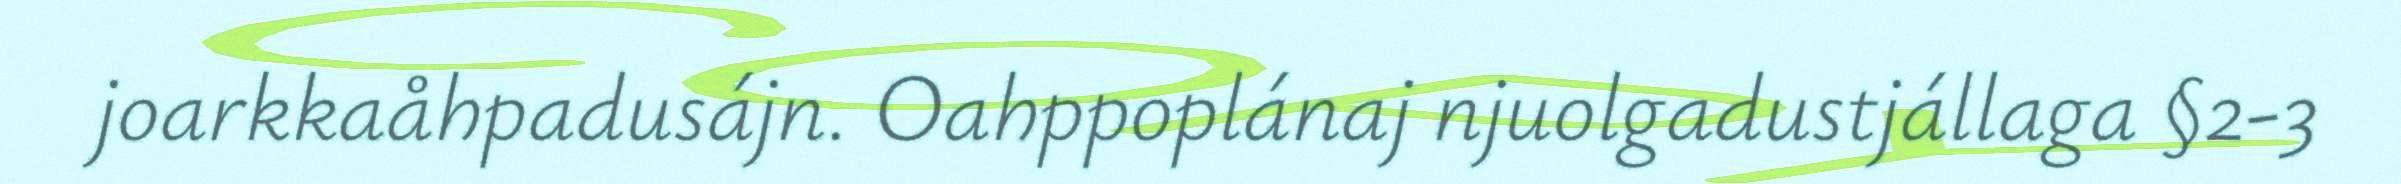
joarkkaåhpadusájn. Oahppoplánaj njuolgadustjállaga §2-3